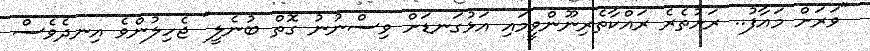
"ވަރަށް މައާފު.. ރަށުތެރެ ރައްކާތެރިނޫންވީމައި އަޅުގަނޑަށް ވިސްނުނު ގޮތް ބުނެލީ" ޖެހިލުންވެ އިނދެވެސް